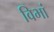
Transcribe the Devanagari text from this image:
विभां